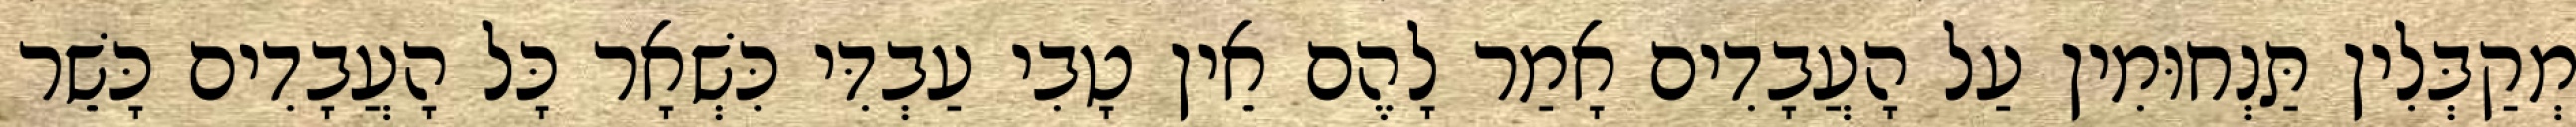
מְקַבְּלִין תַּנְחוּמִין עַל הָעֲבָדִים אָמַר לָהֶם אֵין טָבִי עַבְדִּי כִּשְׁאָר כָּל הָעֲבָדִים כָּשֵׁר